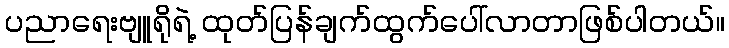
ပညာရေးဗျူရိုရဲ့ ထုတ်ပြန်ချက်ထွက်ပေါ်လာတာဖြစ်ပါတယ်။